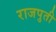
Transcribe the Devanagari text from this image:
राजपुती